Civil Veterinary Dept. Assam report 1911-1927 - 1911-1927
Year: 1911
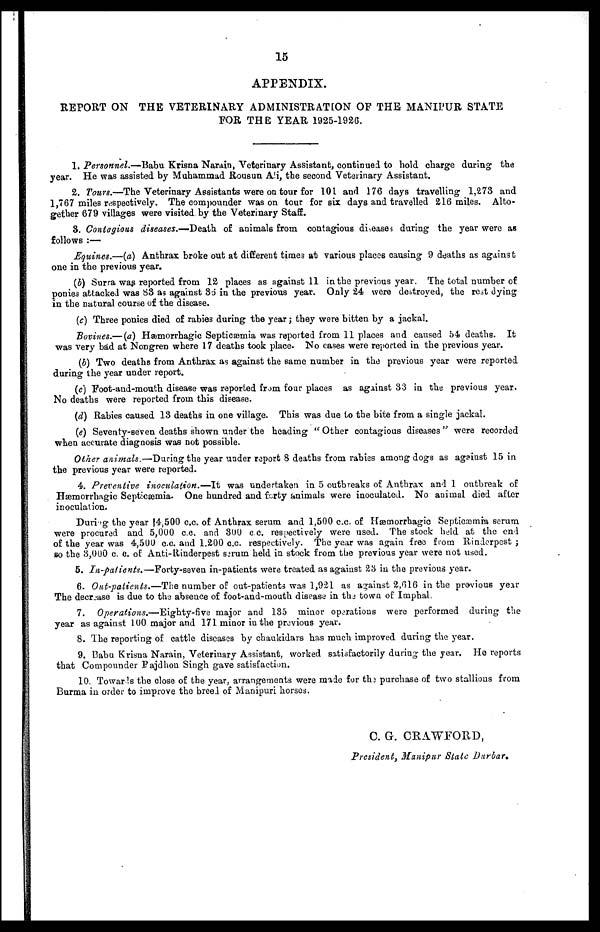
15
APPENDIX.
REPORT ON THE VETERINARY ADMINISTRATION OP THE MANIPUR STATE
FOR THE YEAR 1925-1926.
1. Personnel.—Babu Krisna Narain, Veterinary Assistant, continued to hold charge during the
year. He was assisted by Muhammad Rousun Ali, the second. Veterinary Assistant.
2. Tours.—The Veterinary Assistants were on tour for 101 and 176 days travelling 1,273 and
1,767 miles respectively. The compounder was on tour for six days and travelled 216 miles. Alto-
gether 679 villages were visited by the Veterinary Staff.
3. Contagions diseases.—Death of animals from contagious diseases during the year were as
follows :—
Equities.—(a) Anthrax broke out at different times at various places causing 9 deaths as against
one in the previous year.
(b) Surra was reported from 12 places as against 11 in the previous year. The total number of
ponies attacked was 83 as against 35 in the previous year. Only 24 were destroyed, the rest dying
in the natural course of the disease.
(c) Three ponies died of rabies during the year; they were bitten by a jackal.
Bovines.—(a) Hæmorrhagic Septicæmia was reported from 11 places and caused 54 deaths. It
was very bad at Nongren where 17 deaths took place. No cases were reported in the previous year.
(b) Two deaths from Anthrax as against the same number in the previous year were reported
during the year under report.
(c) Foot-and-mouth disease was reported from four places as against 33 in the previous year.
No deaths were reported from this disease.
(d) Rabies caused 13 deaths in one village. This was due to the bite from a single jackal.
(e) Seventy-seven deaths shown under the heading " Other contagious diseases " were recorded
when accurate diagnosis was not possible.
Other animals.—During the year under report 8 deaths from rabies among dogs as against 15 in
the previous year were reported.
4. Preventive inoculation.—It was undertaken in 5 outbreaks of Anthrax and 1 outbreak of
Hæmorrhagic Septicæmia. One hundred and forty animals were inoculated. No animal died after
inoculation.
During the year 14,500 c.c. of Anthrax serum and 1,500 c.c of Hæmorrhagic Septicæmia serum
were procured and 5,000 c.c. and 300 c.c. respectively were used. The stock held at the end
of the year was 4,500 c.c. and 1.200 c.c. respectively. The year was again free from Rinderpest ;
so the 3,000 c. c. of Anti-Rinderpest serum held in stock from the previous year were not used.
5. In-patients.—Forty-seven in-patients were treated as against 23 in the previous year.
6. Out-patients.—The number of out-patients was 1,921 as against 2,616 in the previous year
The decrease is due to the absence of foot-and-mouth disease in the town of Imphal.
7. Operations.—Eighty-five major and 135 minor operations were performed during the
year as against 100 major and 171 minor in the previous year.
8. The reporting of cattle diseases by chaukidars has much improved during the year.
9. Babu Krisna Narain, Veterinary Assistant, worked satisfactorily during the year. He reports
that Compounder Rajdhon Singh gave satisfaction.
10. Towards the close of the year, arrangements were made for the purchase of two stallions from
Burma in order to improve the breed of Manipuri horses.
C. G. CRAWFORD,
President, Manipur State Durbar.